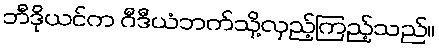
ဘီဒိုယင်က ဂီဒီယံဘက်သို့လှည့်ကြည့်သည်။